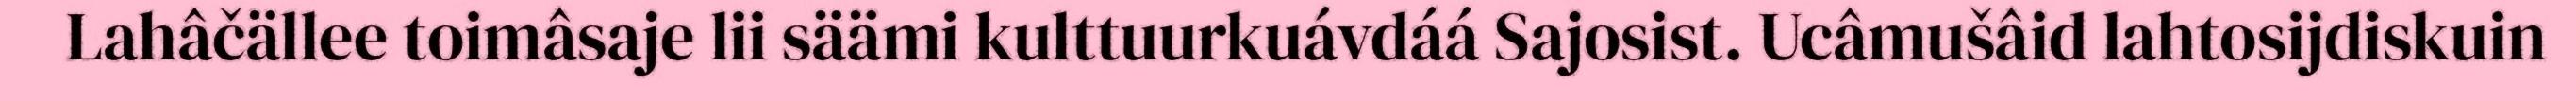
Lahâčällee toimâsaje lii säämi kulttuurkuávdáá Sajosist. Ucâmušâid lahtosijdiskuin